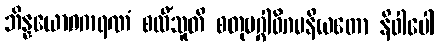
ဘိန္နယောဂကရဏံ စလိံသူတိ စတုမဂ္ဂါဓိဂမနီယတော နိဝါပေါ